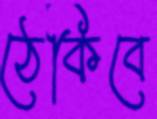
ঠেকিবে